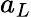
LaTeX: a_{L}